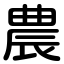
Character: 農